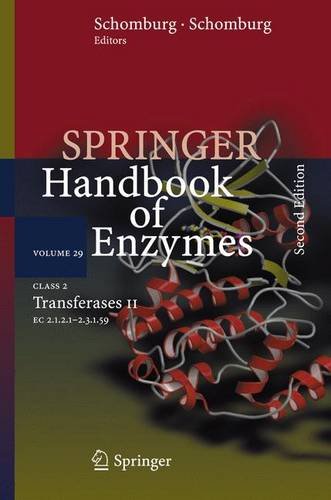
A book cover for Class 2 Transferases II: EC 2.1.2.1 - 2.3.1.59 (Springer Handbook of Enzymes); Medical Books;